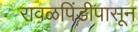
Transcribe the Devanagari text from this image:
रावळपिंडीपासून